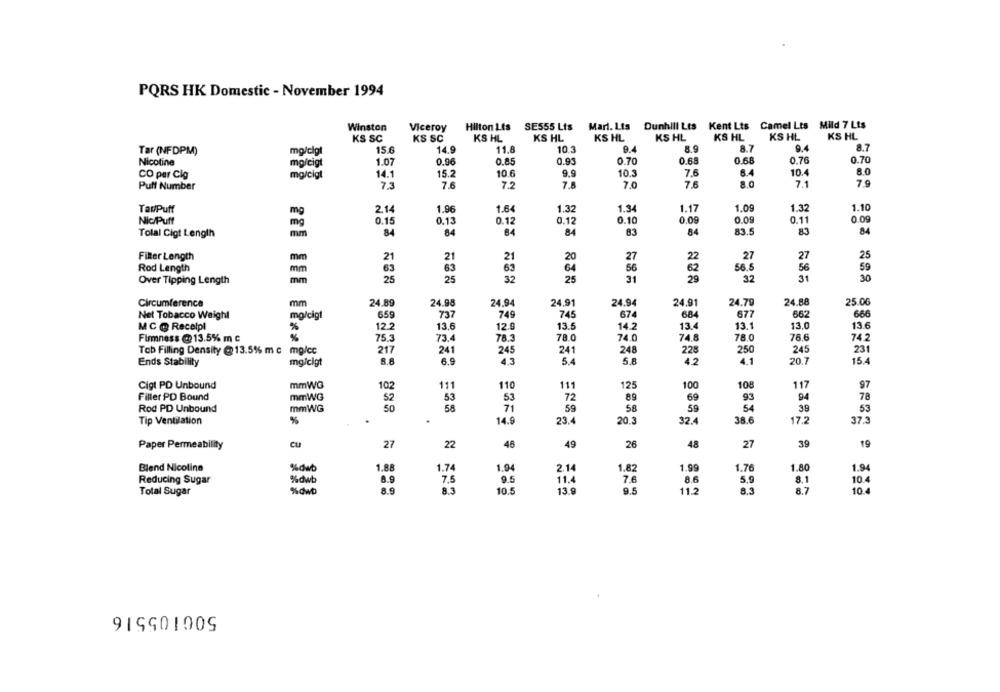
PQRS HK Domestic - November 1994
Kent Lts Camel Lts Mild 7 Lts
Winston
Viceroy
Hilton Lts SE555 Lts
Marl. Lts Dunhill Lts
KS SC
KS SC
KS HL
KS HL
KS HL
KS HL
KS HL
KS HL
KS HL
Tar (NFDPM)
mg/clgt
15 €
14.9
11.8
10.3
9.4
8.9
8.7
8.7
0.70
Nicotine
mg/cigt
1.07
0.96
0.85
0.93
0.70
0.68
0.68
0.76
14.1
15.2
10.6
9.9
10.3
7.6
10.4
8.0
CO per Cig
mg/cigt
Puff Number
7.3
7.6
7.2
7.
7.0
7.6
7.1
7.9
TarPuff
1.96
1.64
1.32
1.34
1.17
1.09
1.32
1.10
2.14
Nic/Puff
0.15
0.13
0.12
0.12
0.10
0.09
0.09
0.11
0.09
Total Cigt Length
mm
84
84
64
84
83
84
83.5
83
84
285
21
21
27
27
27
25
Filter Length
mm
21
20
22
Rod Length
63
63
63
64
56
62
56.5
56
59
mm
29
32
30
Over Tipping Length
mm
25
25
32
25
31
31
Circumference
mm
24.89
24.98
24,94
24,91
24.94
24.91
24.79
24.88
25.06
Net Tobacco Weight
mg/cigt
659
737
749
745
674
68
677
662
666
13.4
13.1
13.0
13.6
MC @ Recelpl
%
12.2
13.6
12.9
13.5
14.2
Firmness @13.5% m c
75.3
73.4
78.3
78.0
74.0
74.8
78.0
76.6
74.2
Tob Filling Density @13.5% m c mg/cc
217
241
245
241
248
228
250
245
231
5.4
5.8
4.1
Ends Stability
mg/clgt
8.8
6.5
4.3
4.2
20.7
15.4
Cigt PD Unbound
mmWG
102
111
110
111
125
100
108
117
97
Filler PD Bound
mmWG
52
53
53
72
89
69
93
94
78
50
56
59
58
59
54
39
53
Rod PD Unbound
71
Tip Ventilation
%
.
14.9
23.4
20.3
32.4
38.6
17.2
37.3
CU
22
46
49
26
48
27
39
19
Paper Permeability
27
Blend Nicoline
%dwb
1.88
1.74
1.94
2.14
1,82
1.99
1.76
1.80
1.94
%dwb
8.9
8.1
Reducing Sugar
7.5
9.5
11.4
7.6
8.6
5.9
10.4
8.9
8.3
10.5
13.9
9.5
11.2
8.5
8.7
10.4
Total Sugar
%dwD
500105516